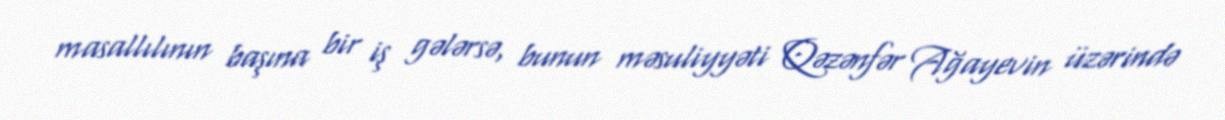
masallılının başına bir iş gələrsə, bunun məsuliyyəti Qəzənfər Ağayevin üzərində